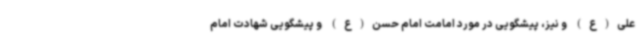
علی(ع) و نیز، پیشگویی در مورد امامت امام حسن(ع) و پیشگویی شهادت امام